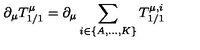
\partial _ { \mu } T _ { 1 / 1 } ^ { \mu } = \partial _ { \mu } \sum _ { i \in \{ A , \ldots , K \} } T _ { 1 / 1 } ^ { \mu , i }